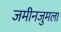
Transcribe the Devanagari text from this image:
जमीनजुमला